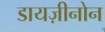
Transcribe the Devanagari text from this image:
डायज़ीनोन